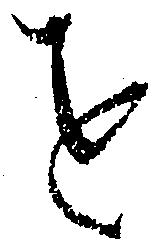
を